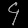
Digit: ၄